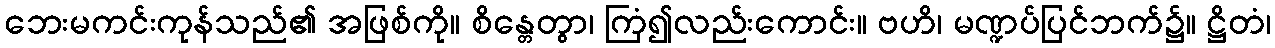
ဘေးမကင်းကုန်သည်၏ အဖြစ်ကို။ စိန္တေတွာ၊ ကြံ၍လည်းကောင်း။ ဗဟိ၊ မဏ္ဍပ်ပြင်ဘက်၌။ ဋ္ဌိတံ၊